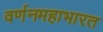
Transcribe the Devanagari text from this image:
वर्णनमहाभारत